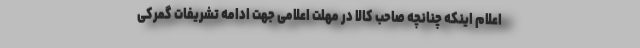
اعلام اینکه چنانچه صاحب کالا در مهلت اعلامی جهت ادامه تشریفات گمرکی